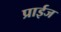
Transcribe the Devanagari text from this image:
प्राईज